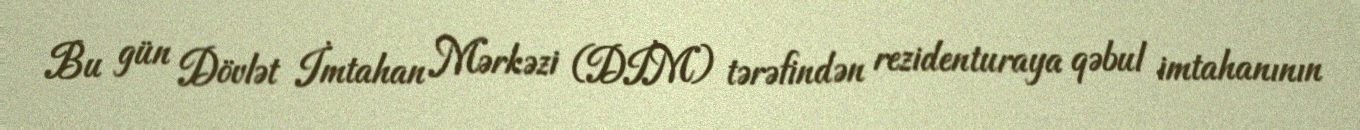
Bu gün Dövlət İmtahan Mərkəzi (DİM) tərəfindən rezidenturaya qəbul imtahanının